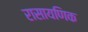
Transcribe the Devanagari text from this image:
रासायणिक